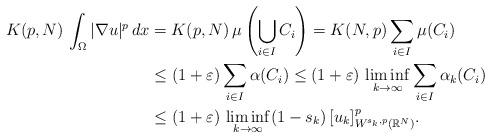
LaTeX: \begin{align*} K(p,N)\, \int_\Omega |\nabla u|^p\,dx & = K(p,N)\, \mu\left(\bigcup_{i \in I}C_i\right) = K(N,p) \sum_{i \in I} \mu(C_i)\\&\leq (1+\varepsilon) \sum_{i \in I} \alpha(C_i) \leq (1+\varepsilon)\, \liminf_{k \to \infty} \sum_{i \in I} \alpha_k(C_i)\\&\leq (1+\varepsilon)\, \liminf_{k \to \infty} (1-s_k)\,[u_k]^p_{W^{{s_k},p}(\mathbb{R}^N)}.\end{align*}